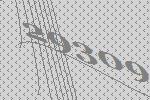
29309